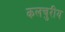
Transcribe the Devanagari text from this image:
कलचुरीय